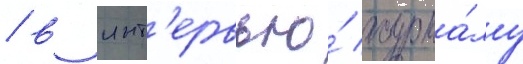
/ в инт'ервью́ журна́лу